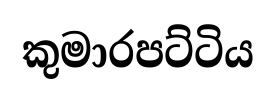
කුමාරපට්ටිය